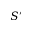
S ^ { \prime }